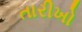
તારીખો